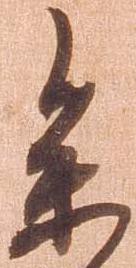
参